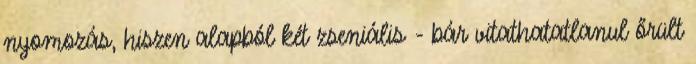
nyomozás, hiszen alapból két zseniális - bár vitathatatlanul őrült